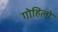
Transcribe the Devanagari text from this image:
गोहिलो